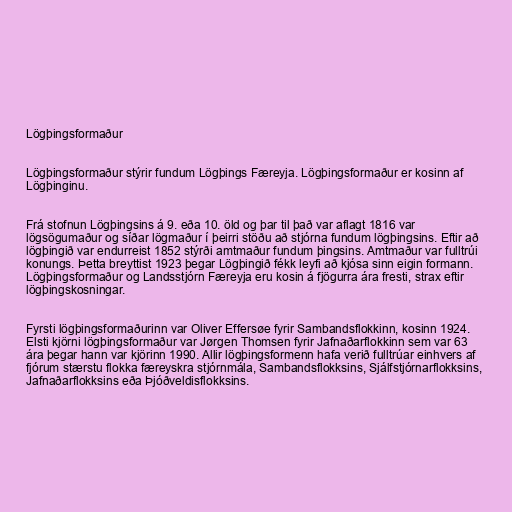
Lögþingsformaður

Lögþingsformaður stýrir fundum Lögþings Færeyja. Lögþingsformaður er kosinn af
Lögþinginu.

Frá stofnun Lögþingsins á 9. eða 10. öld og þar til það var aflagt 1816 var
lögsögumaður og síðar lögmaður í þeirri stöðu að stjórna fundum lögþingsins. Eftir að
lögþingið var endurreist 1852 stýrði amtmaður fundum þingsins. Amtmaður var fulltrúi
konungs. Þetta breyttist 1923 þegar Lögþingið fékk leyfi að kjósa sinn eigin formann.
Lögþingsformaður og Landsstjórn Færeyja eru kosin á fjögurra ára fresti, strax eftir
lögþingskosningar.

Fyrsti lögþingsformaðurinn var Oliver Effersøe fyrir Sambandsflokkinn, kosinn 1924.
Elsti kjörni lögþingsformaður var Jørgen Thomsen fyrir Jafnaðarflokkinn sem var 63
ára þegar hann var kjörinn 1990. Allir lögþingsformenn hafa verið fulltrúar einhvers af
fjórum stærstu flokka færeyskra stjórnmála, Sambandsflokksins, Sjálfstjórnarflokksins,
Jafnaðarflokksins eða Þjóðveldisflokksins.